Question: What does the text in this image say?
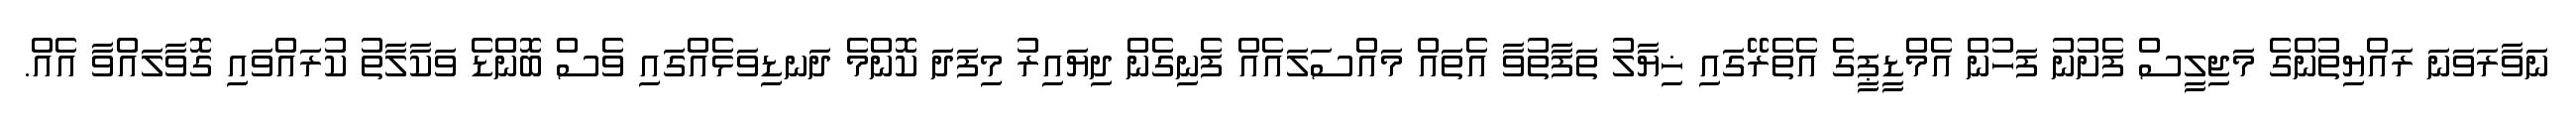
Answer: ނަވާރަވަނަ ރައްޔިތުންގެ މަޖިލީސް ފެށުނު ފަހުން އެމްޑީޕީގެ އެތެރޭގައި ޚިޔާލު ތަފާތުވާ އެތައް މައްސަލައެއް ފެނިގެން ދިޔައިރު މިފަދަ ކޮންމެ ދަނޑިވަޅެއްގައި ވެސް ބޮންޑެ ވަކާލާތު ކުރައްވައި ގޮވާލައްވާ އެއް.